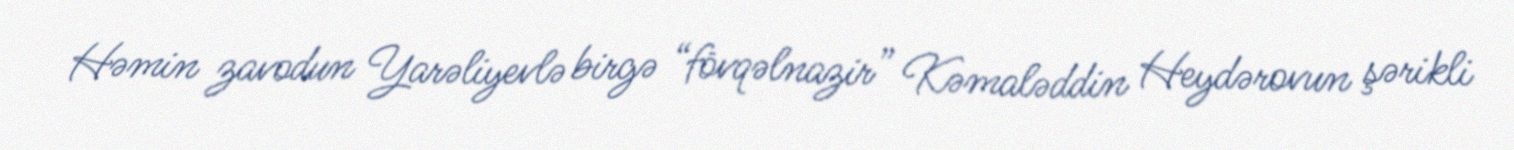
Həmin zavodun Yarəliyevlə birgə “fövqəlnazir” Kəmaləddin Heydərovun şərikli